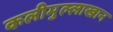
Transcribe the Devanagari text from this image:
कलीमुल्लाखान